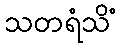
သတရံသိံ